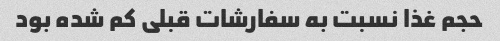
حجم غذا نسبت به سفارشات قبلی کم شده بود